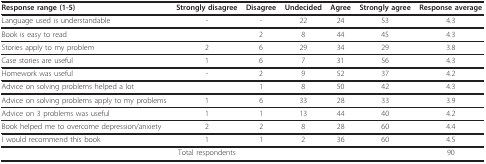
<table><thead><tr><td><b>Response range (1-5)</b></td><td><b>Strongly disagree</b></td><td><b>Disagree</b></td><td><b>Undecided</b></td><td><b>Agree</b></td><td><b>Strongly agree</b></td><td><b>Response average</b></td></tr></thead><tbody><tr><td>Language used is understandable</td><td>-</td><td>-</td><td>22</td><td>24</td><td>53</td><td>4.3</td></tr><tr><td>Book is easy to read</td><td></td><td>2</td><td>8</td><td>44</td><td>45</td><td>4.3</td></tr><tr><td>Stories apply to my problem</td><td>2</td><td>6</td><td>29</td><td>34</td><td>29</td><td>3.8</td></tr><tr><td>Case stories are useful</td><td>1</td><td>6</td><td>7</td><td>31</td><td>56</td><td>4.3</td></tr><tr><td>Homework was useful</td><td>-</td><td>2</td><td>9</td><td>52</td><td>37</td><td>4.2</td></tr><tr><td>Advice on solving problems helped a lot</td><td></td><td>1</td><td>8</td><td>50</td><td>42</td><td>4.3</td></tr><tr><td>Advice on solving problems apply to my problems</td><td>1</td><td>6</td><td>33</td><td>28</td><td>33</td><td>3.9</td></tr><tr><td>Advice on 3 problems was useful</td><td>1</td><td>1</td><td>13</td><td>44</td><td>40</td><td>4.2</td></tr><tr><td>Book helped me to overcome depression/anxiety</td><td>2</td><td>2</td><td>8</td><td>28</td><td>60</td><td>4.4</td></tr><tr><td>I would recommend this book</td><td>1</td><td>1</td><td>2</td><td>36</td><td>60</td><td>4.5</td></tr><tr><td colspan="6">Total respondents</td><td>90</td></tr></tbody></table>